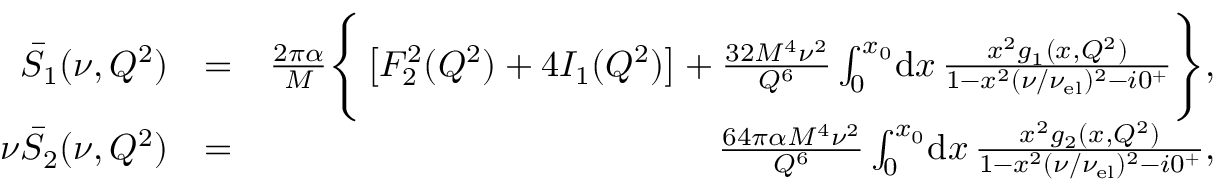
\begin{array} { r l r } { \bar { S } _ { 1 } ( \nu , Q ^ { 2 } ) } & { = } & { \frac { 2 \pi \alpha } { M } \Bigg \{ \left[ F _ { 2 } ^ { 2 } ( Q ^ { 2 } ) + 4 I _ { 1 } ( Q ^ { 2 } ) \right] + \frac { 3 2 M ^ { 4 } \nu ^ { 2 } } { Q ^ { 6 } } \int _ { 0 } ^ { x _ { 0 } } \! \mathrm { d } x \, \frac { x ^ { 2 } g _ { 1 } ( x , Q ^ { 2 } ) } { 1 - x ^ { 2 } ( \nu / \nu _ { \mathrm { e l } } ) ^ { 2 } - i 0 ^ { + } } \Bigg \} , } \\ { \nu \bar { S } _ { 2 } ( \nu , Q ^ { 2 } ) } & { = } & { \frac { 6 4 \pi \alpha M ^ { 4 } \nu ^ { 2 } } { Q ^ { 6 } } \int _ { 0 } ^ { x _ { 0 } } \! \mathrm { d } x \, \frac { x ^ { 2 } g _ { 2 } ( x , Q ^ { 2 } ) } { 1 - x ^ { 2 } ( \nu / \nu _ { \mathrm { e l } } ) ^ { 2 } - i 0 ^ { + } } , } \end{array}